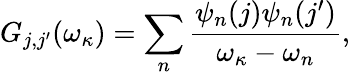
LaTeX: G_{j,j^{\prime}}(\omega_{\kappa})=\sum_{n}\frac{\psi_{n}(j)\psi_{n}(j^{\prime})}{\omega_{\kappa}-\omega_{n}},